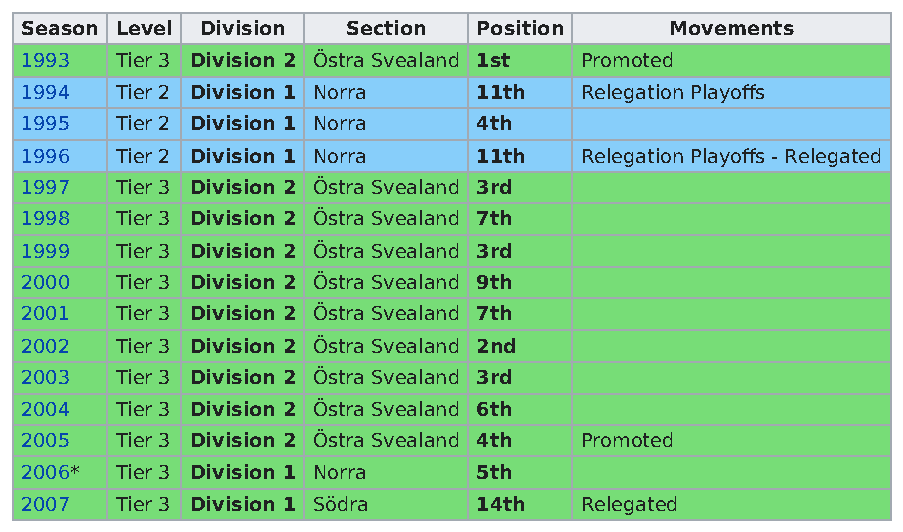
Season Level Division Section  Position    Movements
 1993   Tier 3 Division 2 Östra Svealand 1st Promoted
 1994   Tier 2 Division 1 Norra 11th  Relegation Playoffs
 1995   Tier 2 Division 1 Norra 4th
 1996   Tier 2 Division 1 Norra 11th  Relegation Playoffs - Relegated
 1997   Tier 3 Division 2 Östra Svealand 3rd
 1998   Tier 3 Division 2 Östra Svealand 7th
 1999   Tier 3 Division 2 Östra Svealand 3rd
 2000   Tier 3 Division 2 Östra Svealand 9th
 2001   Tier 3 Division 2 Östra Svealand 7th
 2002   Tier 3 Division 2 Östra Svealand 2nd
 2003   Tier 3 Division 2 Östra Svealand 3rd
 2004   Tier 3 Division 2 Östra Svealand 6th
 2005   Tier 3 Division 2 Östra Svealand 4th Promoted
 2006*  Tier 3 Division 1 Norra 5th
 2007   Tier 3 Division 1 Södra 14th  Relegated